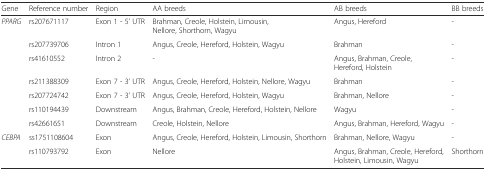
| Gene | Reference number | Region | AA breeds | AB breeds | BB breeds |
 | --- | --- | --- | --- | --- | --- |
 | <ROWSPAN=7> PPARG | rs207671117 | Exon 1 - 5’ UTR | Brahman, Creole, Holstein, Limousin, Nellore, Shorthorn, Wagyu | Angus, Hereford | - |
 | rs207739706 | Intron 1 | Angus, Creole, Hereford, Holstein, Wagyu | Brahman | - |
 | rs41610552 | Intron 2 | - | Angus, Brahman, Creole, Hereford, Holstein | - |
 | rs211388309 | Exon 7 - 3’ UTR | Angus, Creole, Hereford, Holstein, Nellore, Wagyu | Brahman | - |
 | rs207724742 | Exon 7 - 3’ UTR | Angus, Creole, Hereford, Holstein, Wagyu | Brahman, Nellore | - |
 | rs110194439 | Downstream | Angus, Brahman, Creole, Hereford, Holstein, Nellore | Wagyu | - |
 | rs42661651 | Downstream | Creole, Holstein, Nellore | Angus, Brahman, Hereford, Wagyu | - |
 | <ROWSPAN=2> CEBPA | ss1751108604 | Exon | Angus, Creole, Hereford, Holstein, Limousin, Shorthorn | Brahman, Nellore, Wagyu | - |
 | rs110793792 | Exon | Nellore | Angus, Brahman, Creole, Hereford, Holstein, Limousin, Wagyu | Shorthorn |